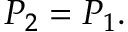
P _ { 2 } = P _ { 1 } .